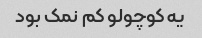
یه کوچولو کم نمک بود